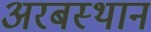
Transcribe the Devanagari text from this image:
अरबस्थान